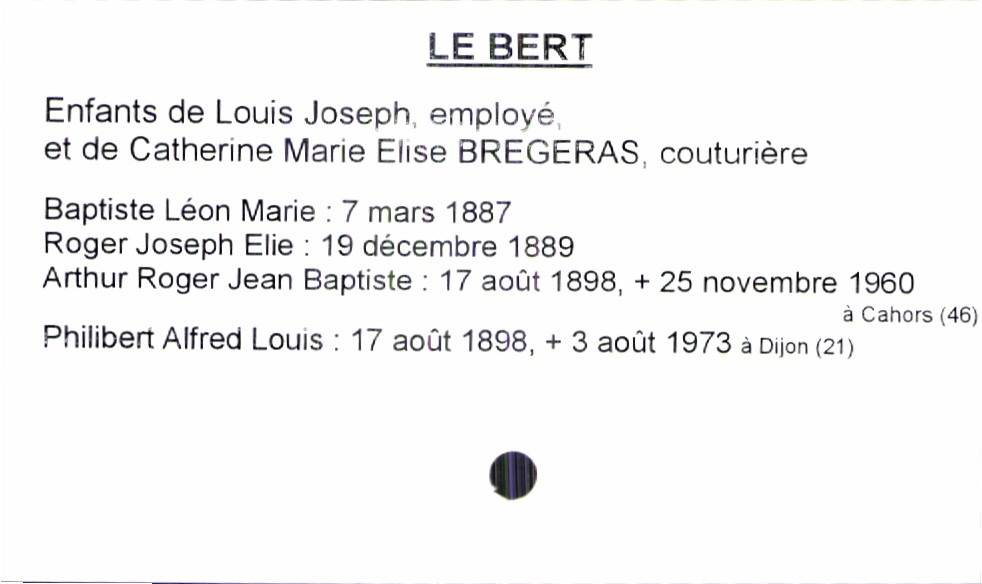
type_acte: Baptême
filiation: fils
enfant_prénom: Philibert Alfred Louis
enfant_date_de_naissance: 17 août 1898
enfant_date_de_décès: 3 août 1973
enfant_lieu_de_décès: Dijon (21)
père_enfant_nom: Le Bert
père_enfant_prénom: Louis Joseph
père_enfant_profession: employé
mère_enfant_nom: Bregeras
mère_enfant_prénom: Catherine Marie Elise
mère_enfant_profession: couturière